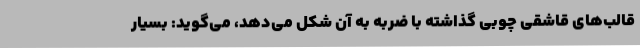
قالب‌های قاشقی چوبی گذاشته با ضربه به آن شکل می‌دهد، می‌گوید: بسیار